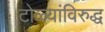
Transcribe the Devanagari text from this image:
टोळ्यांविरुद्ध